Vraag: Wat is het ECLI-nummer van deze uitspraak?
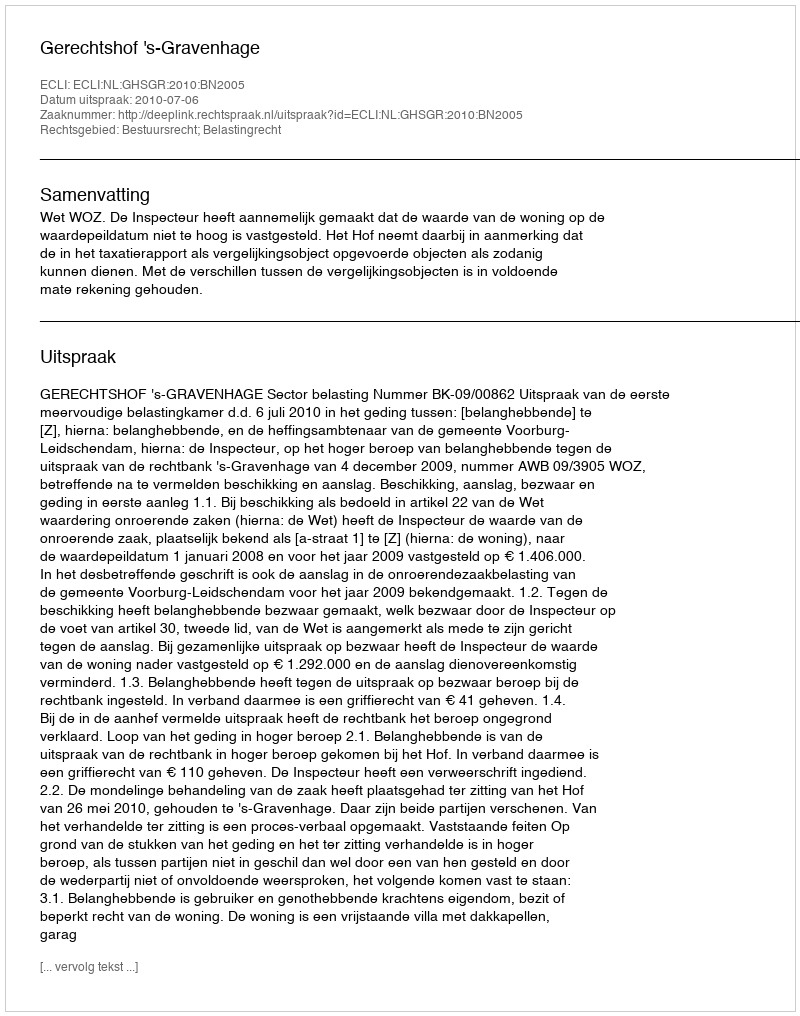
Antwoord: ECLI:NL:GHSGR:2010:BN2005